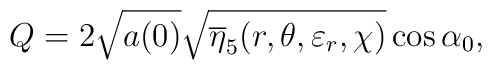
Q=2\sqrt{a(0)}\sqrt{\overline{\eta }_{5}(r,\theta ,\varepsilon _{r},\chi )}\cos \alpha _{0},